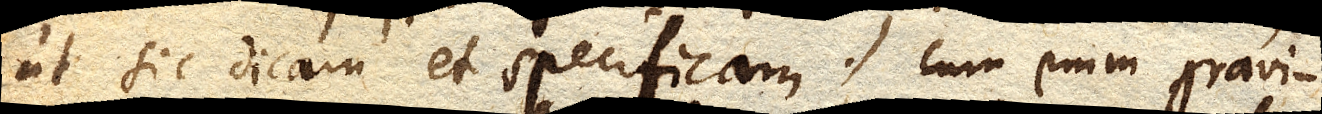
ut sic dicam et specificam; cum enim gravi–